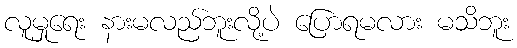
လူမှုရေး နားမလည်ဘူးလို့ပဲ ပြောရမလား မသိဘူး